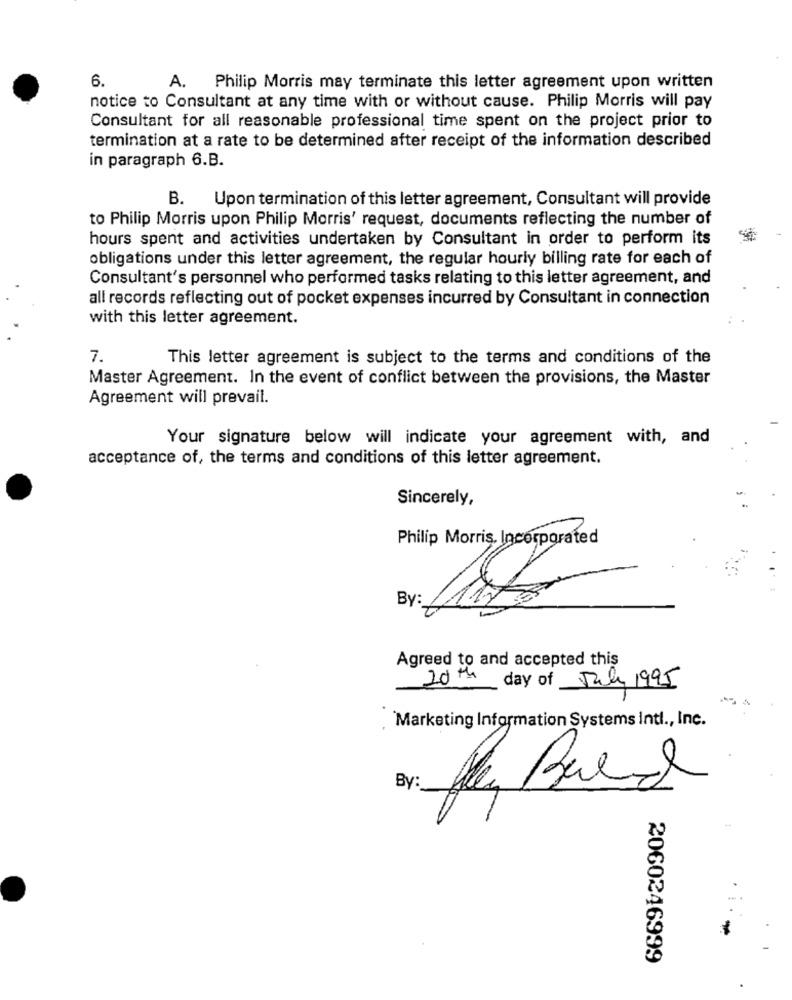
6.
A. Philip Morris may terminate this letter agreement upon written
notice to Consultant at any time with or without cause. Philip Morris will pay
Consultant for all reasonable professional time spent on the project prior to
termination at a rate to be determined after receipt of the information described
in paragraph 6.B.
B. Upon termination of this letter agreement, Consultant will provide
to Philip Morris upon Philip Morris' request, documents reflecting the number of
hours spent and activities undertaken by Consultant in order to perform its
obligations under this letter agreement, the regular hourly billing rate for each of
Consultant's personnel who performed tasks relating to this letter agreement, and
all records reflecting out of pocket expenses incurred by Consultant in connection
with this letter agreement.
7.
This letter agreement is subject to the terms and conditions of the
Master Agreement. In the event of conflict between the provisions, the Master
Agreement will prevail.
Your signature below will indicate your agreement with, and
acceptance of, the terms and conditions of this letter agreement.
Sincerely,
Philip Morris, Incorporated
By:
Agreed to and accepted this
20th
day of July 1995
Marketing Information Systems Intl ., Inc.
By:
fly Bald
2060246999